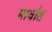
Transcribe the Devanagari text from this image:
मार्वात